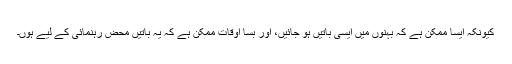
کیونکہ ایسا ممکن ہے کہ بہنوں میں ایسی باتیں ہو جائیں، اور بسا اوقات ممکن ہے کہ یہ باتیں محض رہنمائی کے لیے ہوں۔